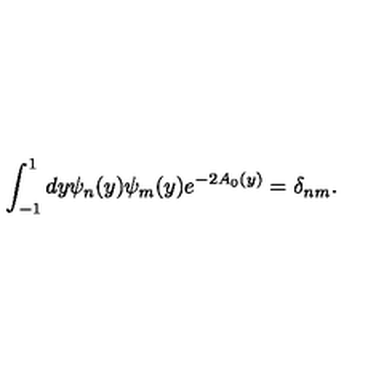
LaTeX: \int _ { - 1 } ^ { 1 } d y \psi _ { n } ( y ) \psi _ { m } ( y ) e ^ { - 2 A _ { 0 } ( y ) } = \delta _ { n m } .